Lunatic asylums Punjab 1911-1921 - 1911-1921
Year: 1911
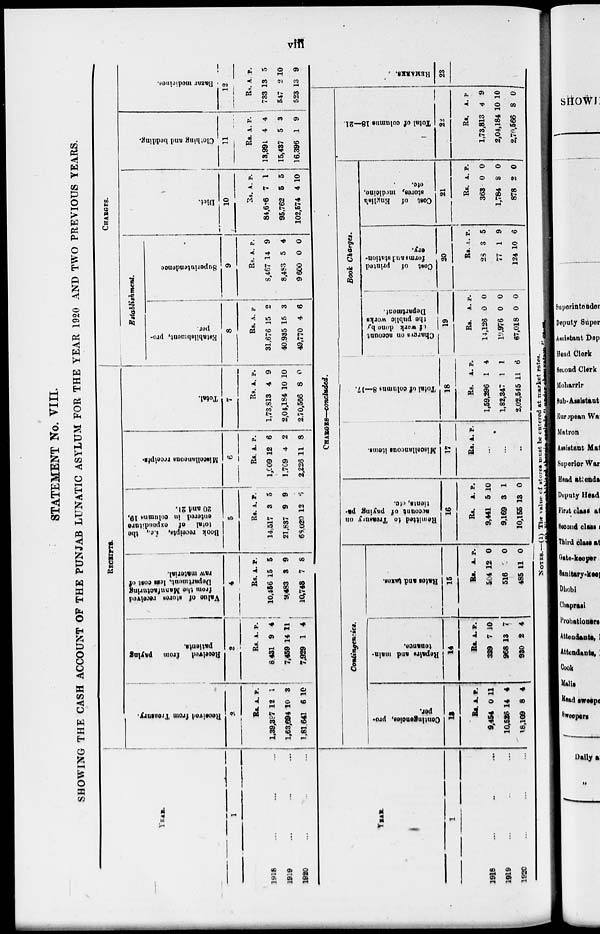
viii
STATEMENT No. VIII.
SHOWING THE CASH ACCOUNT OF THE PUNJAB LUNATIC ASYLUM FOR THE YEAR 1920 AND TWO PREVIOUS YEARS.
YEAR.
1
1918 ... ... ...
1919 ... ... ...
1920 ... ... ...
RECEIPTS.
Received
from Treasury.
2
Rs.
1,39,397
1,63,694
1,81,641
A.
12
10
6
P.
1
3
10
Received
from
paying
patients.
3
Rs.
8,431
7,459
7,929
A.
9
14
1
P.
4
11
4
Value
of stores received
from the Manufacturing
Department, less cost of
raw material.
4
Rs.
10,456
9,483
10,748
A.
15
3
7
P.
5
9
8
Book receipts, i.e., the
total of
expenditure
entered in columns 19,
20 and 21.
5
Rs.
14,517
21,837
68,020
A.
3
9
12
P.
5
9
6
Miscellaneous receipts.
6
Rs.
1,009
1.709
2,226
A.
12
4
11
P.
6
2
8
Total.
7
Rs.
1,73,813
2,04,184
2.70,566
A.
4
10
8
P.
9
10
0
CHARGES.
Establishment.
Establishment, pro-
per.
8
Rs
31,676
40,935
49,770
A.
15
15
4
P.
2
3
6
Superintendence
9
Rs.
8,467
8,483
9,600
A.
14
5
0
P.
9
4
0
Diet.
10
Rs.
84,686
95,762
102,574
A.
7
5
4
P.
1
5
10
Clothing
and bedding.
11
Rs.
13,991
15,437
16,396
A.
4
5
1
P.
4
3
9
Bazar medicines.
12
Rs
733
547
523
A.
13
2
13
P.
5
10
9
YEAR.
1
1918 ... ... ...
1919 ... ... ...
1920 ... ... ...
CHARGES—concluded.
Contingencies.
Contingencies, pro-
per.
13
Rs.
9,454
10,526
18,169
A.
0
14
8
P.
11
4
4
Repairs and main-
tenance.
14
Rs.
339
968
930
A.
7
13
2
P.
10
7
4
Rates
and taxes.
15
Rs.
504
516
485
A.
12
3
11
P.
0
0
0
Remitted to Treasury on
account of paying pa-
tionts, etc.
16
Rs.
9,441
9,169
10,155
A.
5
3
13
P.
10
1
0
Miscellaneous items.
17
Rs. A. P.
...
...
...
Total of columns 8—17.
18
Rs.
1,59,296
1,82,347
2,02,545
A.
1
1
11
P.
4
1
6
Book Charges.
Charges on account
of
work done by
the
public works
Department.
19
Rs.
14,126
19,976
67,018
A.
0
0
0
P.
0
0
0
Cost of
printed
forms and station-
ery.
20
Rs.
28
77
124
A.
3
1
10
P.
5
9
6
Cost of
English
stores, medicine,
etc.
21
Rs.
363
1,784
878
A.
0
8
2
P.
0
0
0
Total of columns 18—21
22
Rs.
1,73,813
2,04,184
2,70,566
A.
4
10
3
P.
9
10
0
REMARKS.
23
NOTES.—(1) The value of stores must be entered at market rates.